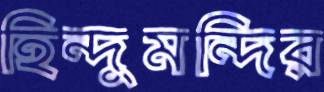
হিন্দুমন্দির